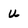
Character: U